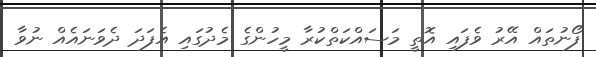
ފޯނުތައް އޭރު ވެފައި އޮތީ މަސައްކަތްކުރާ މީހުންގެ މެދުގައި އެފަދަ ދެވަނައެއް ނުވާ